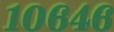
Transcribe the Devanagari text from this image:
१०६४६